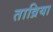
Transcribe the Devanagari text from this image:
ताव्रिया